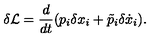
\delta { \cal L } = \frac { d } { d t } ( p _ { i } \delta x _ { i } + \tilde { p } _ { i } \delta \dot { x } _ { i } ) .